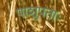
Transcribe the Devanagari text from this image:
पाशुपताः